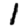
Digit: 1